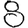
Digit: 8